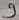
Text: 9